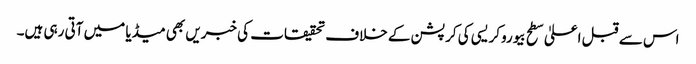
اس سے قبل اعلیٰ سطح بیوروکریسی کی کرپشن کے خلاف تحقیقات کی خبریں بھی میڈیا میں آتی رہی ہیں۔